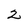
Character: 2